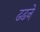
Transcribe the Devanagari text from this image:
ढढने